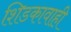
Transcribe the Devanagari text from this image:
शिडकावाही